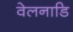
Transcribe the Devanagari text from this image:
वेलनाडि